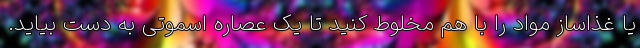
یا غذاساز مواد را با هم مخلوط کنید تا یک عصاره اسموتی به دست بیاید.